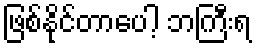
ဖြစ်နိုင်တာပေါ့ ဘကြီးရ